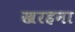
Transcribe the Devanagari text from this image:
खरहना